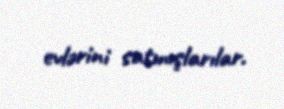
evlərini satmışlarılar.